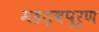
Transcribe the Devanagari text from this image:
महत्‍वपूर्ण